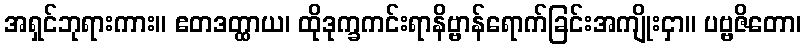
အရှင်ဘုရားကား။ ဧတဒတ္ထာယ၊ ထိုဒုက္ခကင်းရာနိဗ္ဗာန်ရောက်ခြင်းအကျိုးငှာ။ ပဗ္ဗဇိတော၊